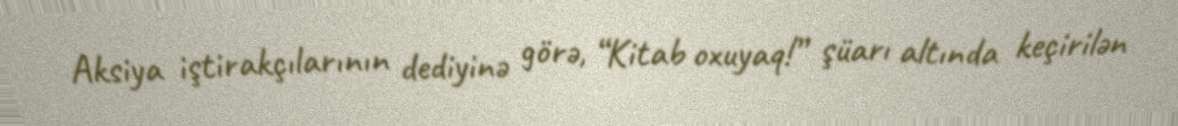
Aksiya iştirakçılarının dediyinə görə, “Kitab oxuyaq!” şüarı altında keçirilən